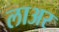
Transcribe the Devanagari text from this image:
लाअर